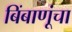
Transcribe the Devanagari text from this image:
बिंबाणूंचा